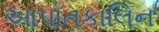
આપાતકાલિન